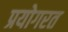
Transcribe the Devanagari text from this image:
प्रयोगरत